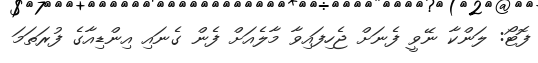
ފޮޓޯ: ލަންކާ ނޭވީ ފެނަށް ޖެހިފައިވާ މާލެއަށް ފެން ގެނައި އިންޑިއާގެ ފުރަތަމަ